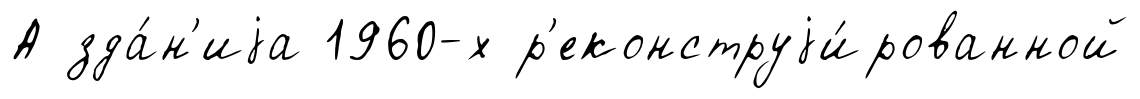
А зда́н'иjа 1960-х р'еконструjи́рованной